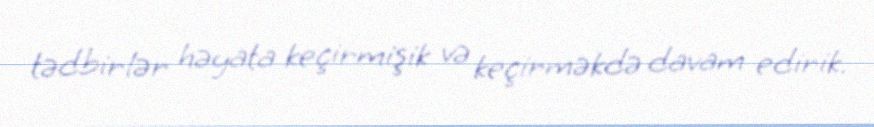
tədbirlər həyata keçirmişik və keçirməkdə davam edirik.